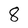
Character: 8